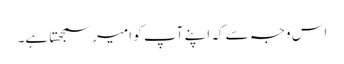
اس وجہ سے کہ اپنے آپ کو امیر سمجھتا ہے۔